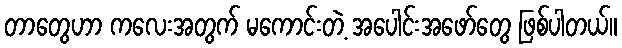
တာတွေဟာ ကလေးအတွက် မကောင်းတဲ့ အပေါင်းအဖော်တွေ ဖြစ်ပါတယ်။